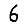
Digit: 6